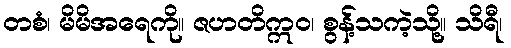
တစံ၊ မိမိအရေကို။ ဇဟတိဣဝ၊ စွန့်သကဲ့သို့။ သိရီ၊